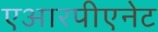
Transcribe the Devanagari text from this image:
एआरपीएनेट